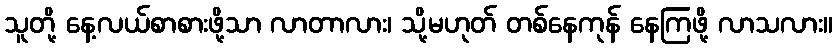
သူတို့ နေ့လယ်စာစားဖို့သာ လာတာလား၊ သို့မဟုတ် တစ်နေကုန် နေကြဖို့ လာသလား။